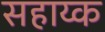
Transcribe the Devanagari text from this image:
सहाय्क